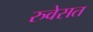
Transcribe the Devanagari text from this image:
रुवेसत